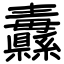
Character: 纛